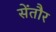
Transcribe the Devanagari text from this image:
सेंतौर